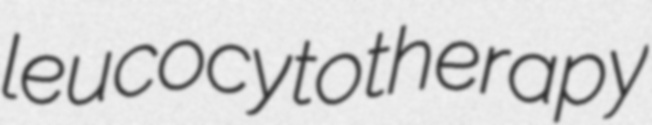
leucocytotherapy